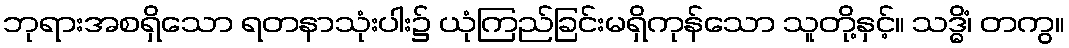
ဘုရားအစရှိသော ရတနာသုံးပါး၌ ယုံကြည်ခြင်းမရှိကုန်သော သူတို့နှင့်။ သဒ္ဓိံ၊ တကွ။